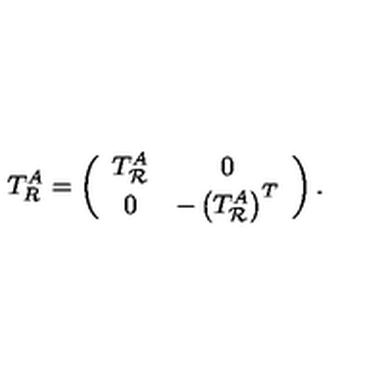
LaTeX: T _ { R } ^ { A } = \left( \begin{array} { c c } { T _ { \mathcal R } ^ { A } } & { 0 } \\ { 0 } & { - \left( T _ { \mathcal R } ^ { A } \right) ^ { T } } \\ \end{array} \right) .